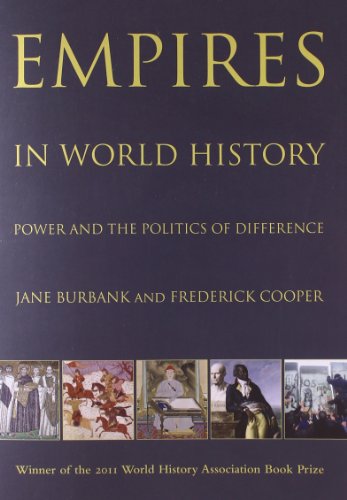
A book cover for Empires in World History: Power and the Politics of Difference; Jane Burbank; History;